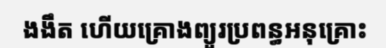
ងងឹត ហើយគ្រោងព្យួរប្រពន្ធអនុគ្រោះ